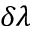
\delta \lambda